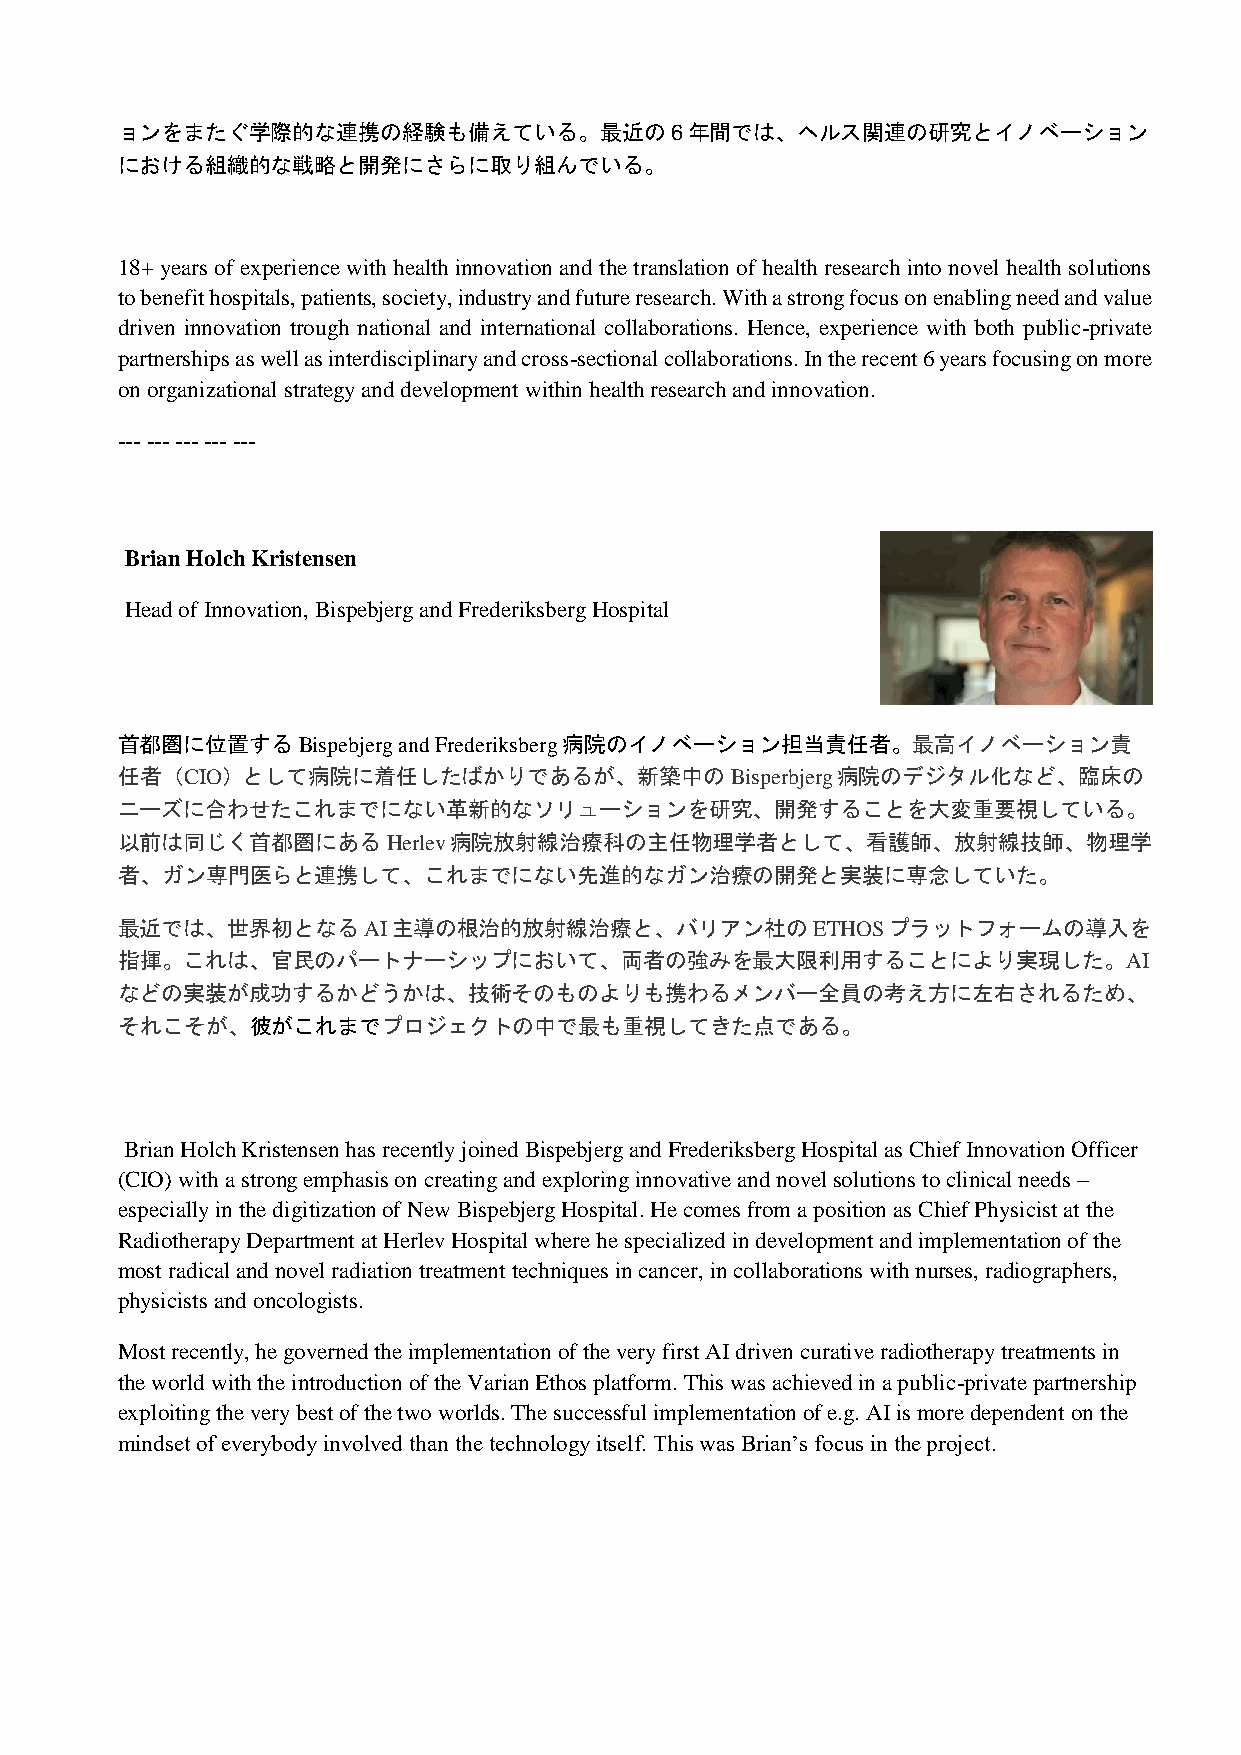
ョンをまたぐ学際的な連携の経験も備えている。最近の6年間では、ヘルス関連の研究とイノベーション
 における組織的な戦略と開発にさらに取り組んでいる。
 18+ years of experience with health innovation and the translation of health research into novel health solutions
 to benefit hospitals, patients, society, industry and future research. With a strong focus on enabling need and value
 driven innovation trough national and international collaborations. Hence, experience with both public-private
 partnerships as well as interdisciplinary and cross-sectional collaborations. In the recent 6 years focusing on more
 on organizational strategy and development within health research and innovation.
 --- --- --- --- ---
 Brian Holch Kristensen
 Head of Innovation, Bispebjerg and Frederiksberg Hospital
 首都圏に位置するBispebjerg and Frederiksberg病院のイノベーション担当責任者。最高イノベーション責
 任者（CIO）として病院に着任したばかりであるが、新築中のBisperbjerg病院のデジタル化など、臨床の
 ニーズに合わせたこれまでにない革新的なソリューションを研究、開発することを大変重要視している。
 以前は同じく首都圏にあるHerlev病院放射線治療科の主任物理学者として、看護師、放射線技師、物理学
 者、ガン専門医らと連携して、これまでにない先進的なガン治療の開発と実装に専念していた。
 最近では、世界初となるAI主導の根治的放射線治療と、バリアン社のETHOSプラットフォームの導入を
 指揮。これは、官民のパートナーシップにおいて、両者の強みを最大限利用することにより実現した。AI
 などの実装が成功するかどうかは、技術そのものよりも携わるメンバー全員の考え方に左右されるため、
 それこそが、彼がこれまでプロジェクトの中で最も重視してきた点である。
 Brian Holch Kristensen has recently joined Bispebjerg and Frederiksberg Hospital as Chief Innovation Officer
 (CIO) with a strong emphasis on creating and exploring innovative and novel solutions to clinical needs –
 especially in the digitization of New Bispebjerg Hospital. He comes from a position as Chief Physicist at the
 Radiotherapy Department at Herlev Hospital where he specialized in development and implementation of the
 most radical and novel radiation treatment techniques in cancer, in collaborations with nurses, radiographers,
 physicists and oncologists.
 Most recently, he governed the implementation of the very first AI driven curative radiotherapy treatments in
 the world with the introduction of the Varian Ethos platform. This was achieved in a public-private partnership
 exploiting the very best of the two worlds. The successful implementation of e.g. AI is more dependent on the
 mindset of everybody involved than the technology itself. This was Brian’s focus in the project.